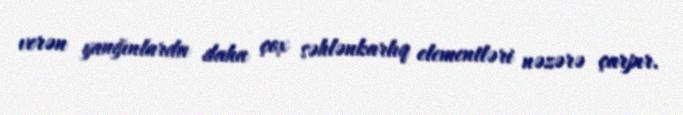
verən yanğınlarda daha çox səhlənkarlıq elementləri nəzərə çarpır.